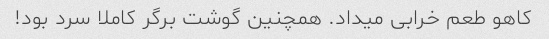
کاهو طعم خرابی میداد. همچنین گوشت برگر کاملا سرد بود!